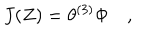
LaTeX: J ( Z ) = \theta ^ { ( 3 ) } \Phi \quad ,